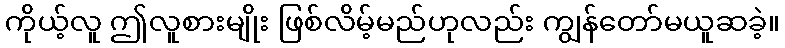
ကိုယ့်လူ ဤလူစားမျိုး ဖြစ်လိမ့်မည်ဟုလည်း ကျွန်တော်မယူဆခဲ့။